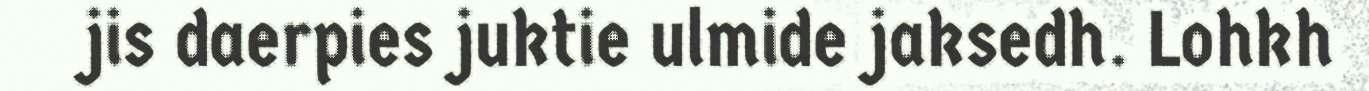
jis daerpies juktie ulmide jaksedh. Lohkh